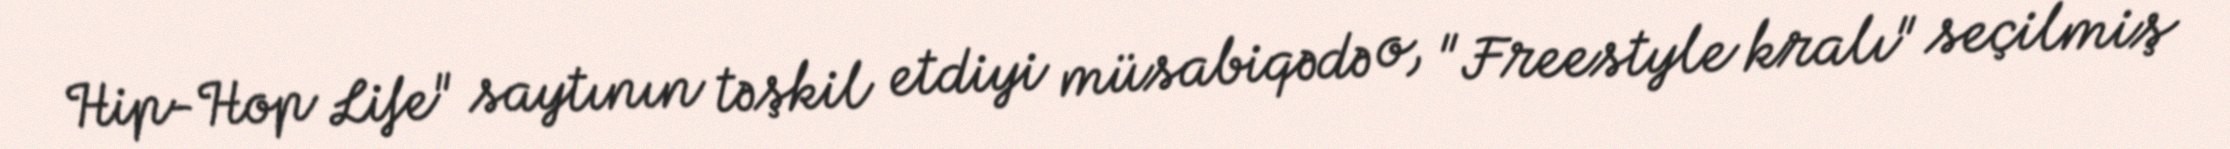
Hip-Hop Life" saytının təşkil etdiyi müsabiqədə o, "Freestyle kralı" seçilmiş